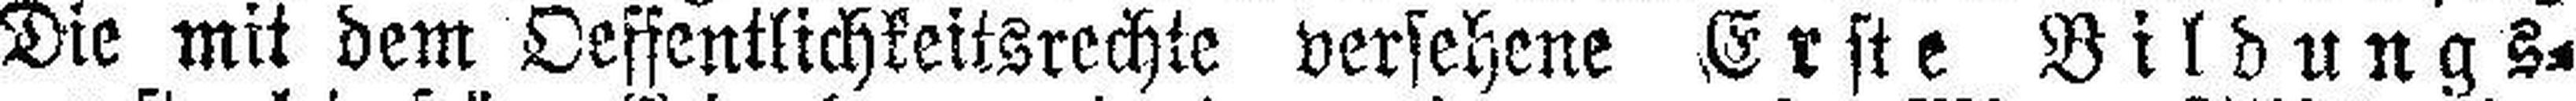
Die mit dem Oeffentlichkeitsrechte versehene Erste Bildungs¬